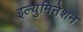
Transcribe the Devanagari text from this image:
इल्युमिनेशन